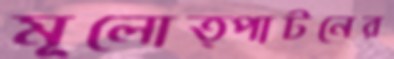
মূলোত্পাটনের